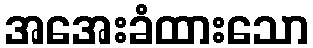
အအေးခံထားသော